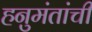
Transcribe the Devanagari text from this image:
हनुमंतांची